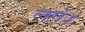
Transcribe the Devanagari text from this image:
लगे।